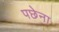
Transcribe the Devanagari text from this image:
पछेना